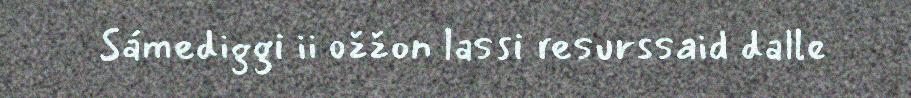
Sámediggi ii ožžon lassi resurssaid dalle